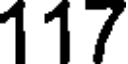
117